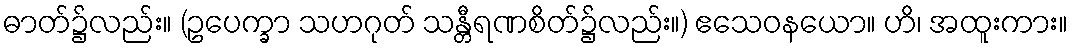
ဓာတ်၌လည်း။ (ဥပေက္ခာ သဟဂုတ် သန္တီရဏစိတ်၌လည်း။) ဧသေဝနယော။ ဟိ၊ အထူးကား။